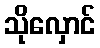
သိုလှောင်